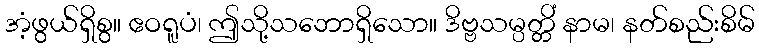
အံ့ဖွယ်ရှိစွ။ ဧဝရူပံ၊ ဤသို့သဘောရှိသော။ ဒိဗ္ဗသမ္ပတ္တိံ နာမ၊ နတ်စည်းစိမ်